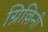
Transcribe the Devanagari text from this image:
ग्रिल्लिनी